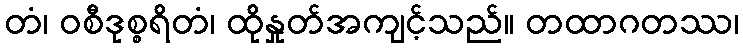
တံ၊ ဝစီဒုစ္စရိတံ၊ ထိုနှုတ်အကျင့်သည်။ တထာဂတဿ၊